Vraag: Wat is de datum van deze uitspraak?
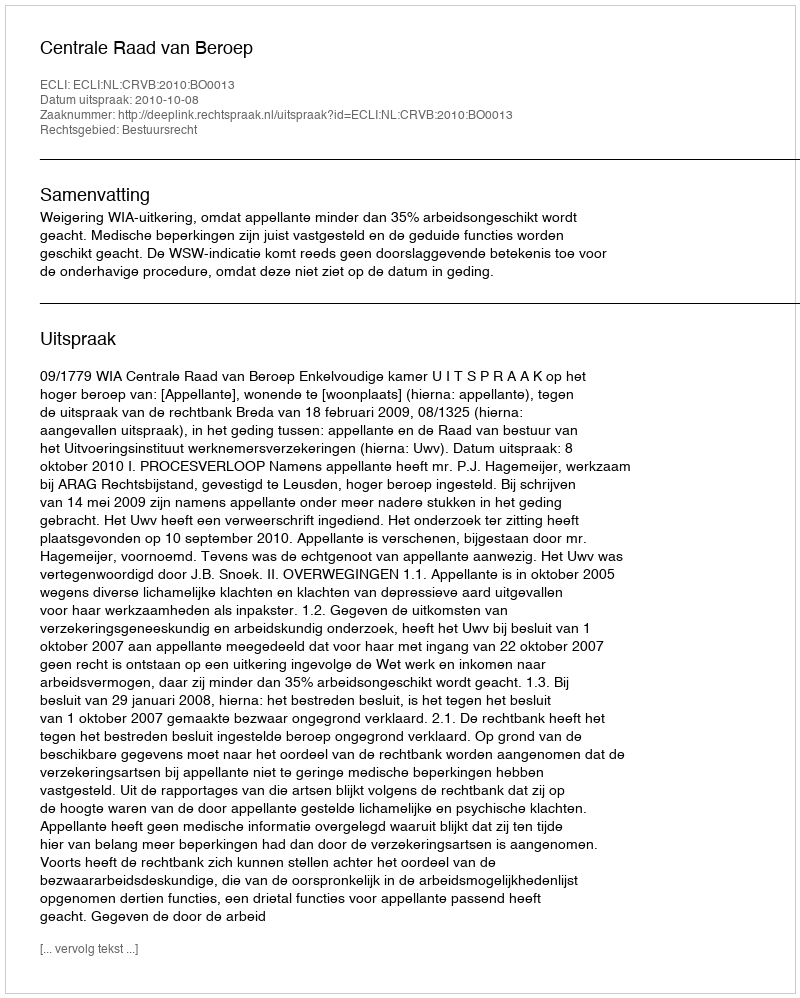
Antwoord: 2010-10-08